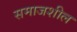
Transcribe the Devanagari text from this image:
समाजशील